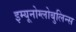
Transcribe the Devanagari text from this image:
इम्यूनोग्लोबुलिन्स